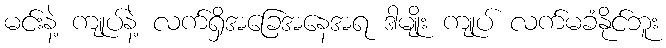
မင်းနဲ့ ကျုပ်နဲ့ လက်ရှိအခြေအနေအရ ဒါမျိုး ကျုပ် လက်မခံနိုင်ဘူး